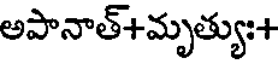
అపానాత్+మృత్యుః+